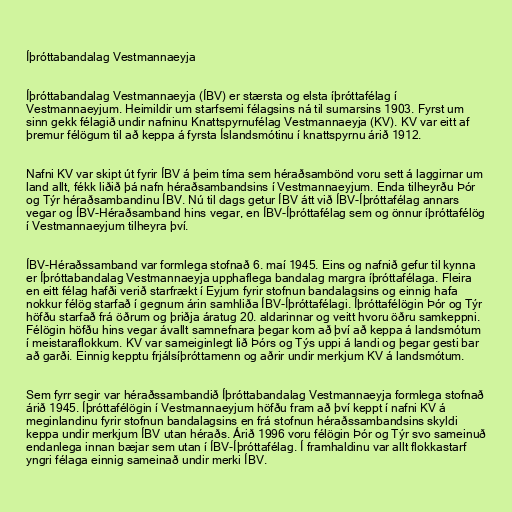
Íþróttabandalag Vestmannaeyja

Íþróttabandalag Vestmannaeyja (ÍBV) er stærsta og elsta íþróttafélag í
Vestmannaeyjum. Heimildir um starfsemi félagsins ná til sumarsins 1903. Fyrst um
sinn gekk félagið undir nafninu Knattspyrnufélag Vestmannaeyja (KV). KV var eitt af
þremur félögum til að keppa á fyrsta Íslandsmótinu í knattspyrnu árið 1912.

Nafni KV var skipt út fyrir ÍBV á þeim tíma sem héraðsambönd voru sett á laggirnar um
land allt, fékk liðið þá nafn héraðsambandsins í Vestmannaeyjum. Enda tilheyrðu Þór
og Týr héraðsambandinu ÍBV. Nú til dags getur ÍBV átt við ÍBV-Íþróttafélag annars
vegar og ÍBV-Héraðsamband hins vegar, en ÍBV-Íþróttafélag sem og önnur íþróttafélög
í Vestmannaeyjum tilheyra því.

ÍBV-Héraðssamband var formlega stofnað 6. maí 1945. Eins og nafnið gefur til kynna
er Íþróttabandalag Vestmannaeyja upphaflega bandalag margra íþróttafélaga. Fleira
en eitt félag hafði verið starfrækt í Eyjum fyrir stofnun bandalagsins og einnig hafa
nokkur félög starfað í gegnum árin samhliða ÍBV-Íþróttafélagi. Íþróttafélögin Þór og Týr
höfðu starfað frá öðrum og þriðja áratug 20. aldarinnar og veitt hvoru öðru samkeppni.
Félögin höfðu hins vegar ávallt samnefnara þegar kom að því að keppa á landsmótum
í meistaraflokkum. KV var sameiginlegt lið Þórs og Týs uppi á landi og þegar gesti bar
að garði. Einnig kepptu frjálsíþróttamenn og aðrir undir merkjum KV á landsmótum.

Sem fyrr segir var héraðssambandið Íþróttabandalag Vestmannaeyja formlega stofnað
árið 1945. Íþróttafélögin í Vestmannaeyjum höfðu fram að því keppt í nafni KV á
meginlandinu fyrir stofnun bandalagsins en frá stofnun héraðssambandsins skyldi
keppa undir merkjum ÍBV utan héraðs. Árið 1996 voru félögin Þór og Týr svo sameinuð
endanlega innan bæjar sem utan í ÍBV-Íþróttafélag. Í framhaldinu var allt flokkastarf
yngri félaga einnig sameinað undir merki ÍBV.